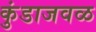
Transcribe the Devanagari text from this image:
कुंडाजवळ